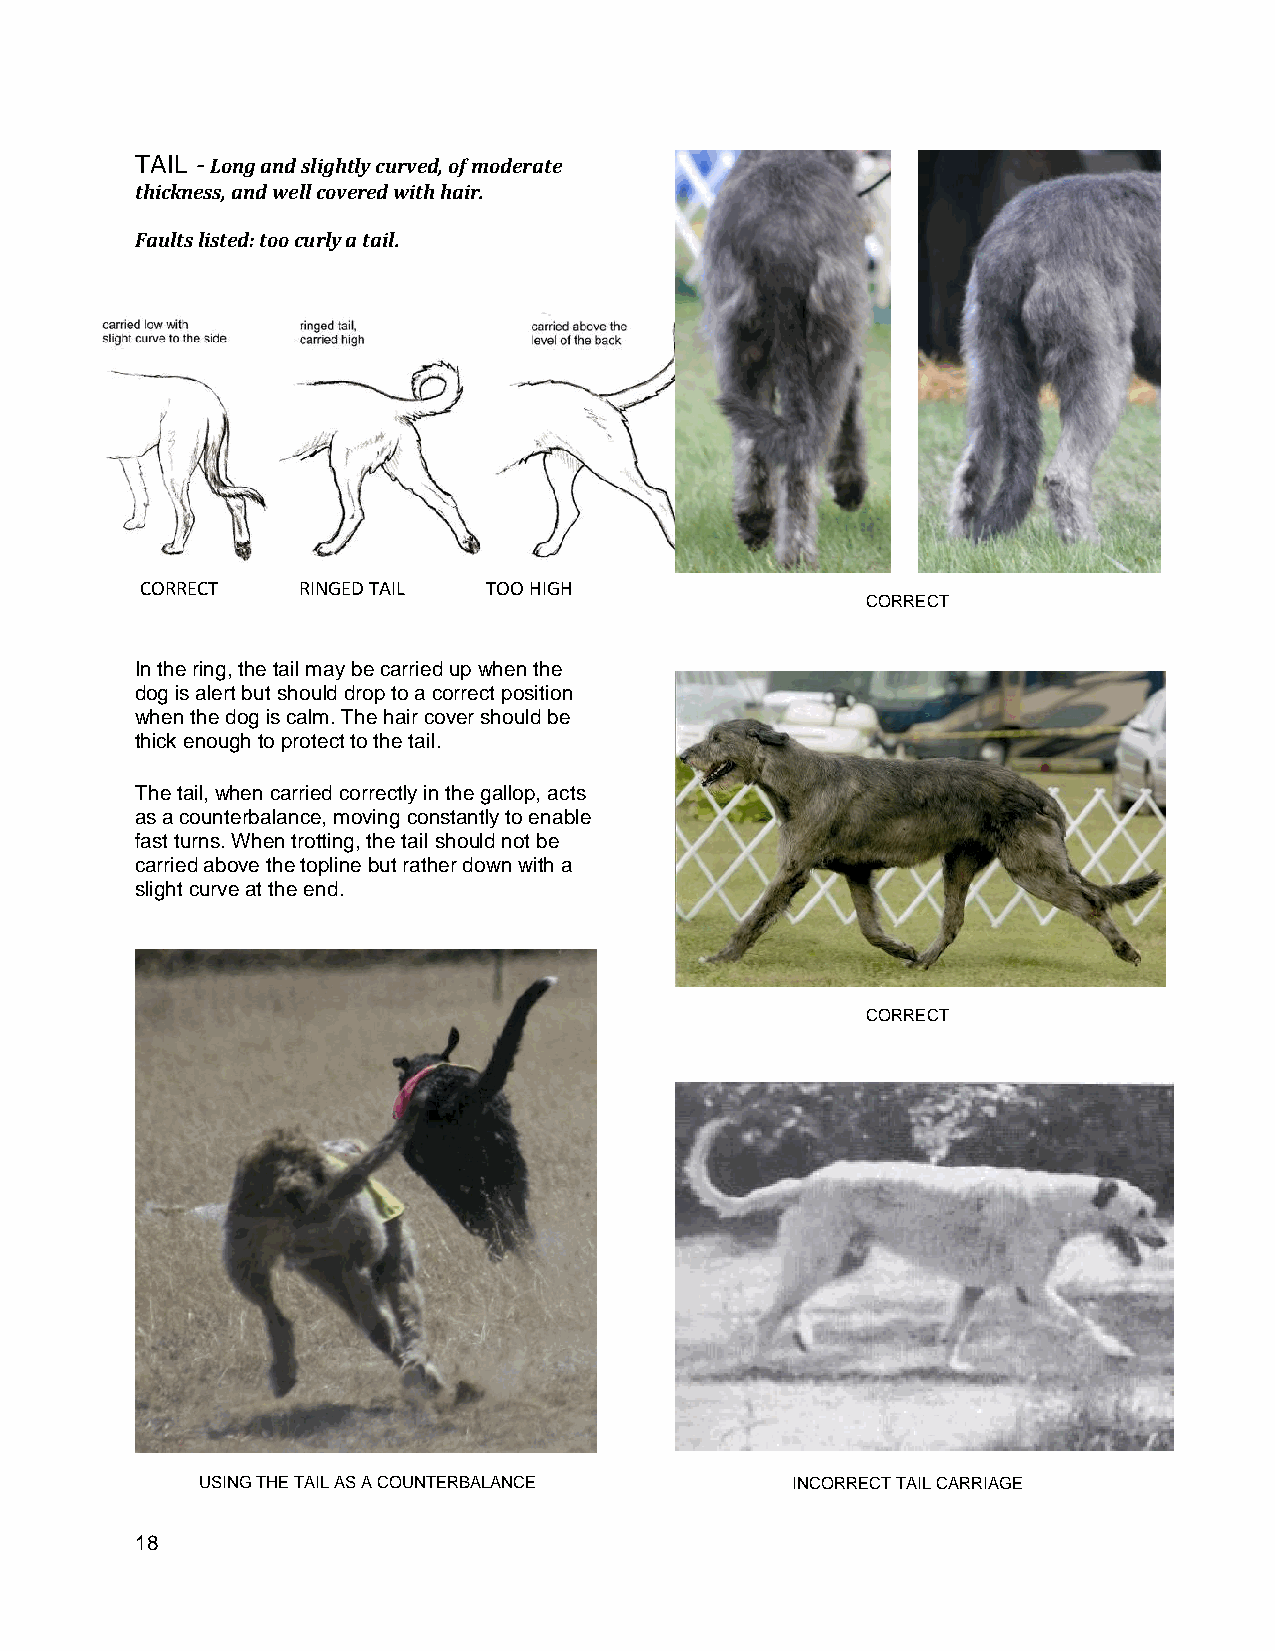
TAIL - Long and slightly curved, of moderate
 thickness, and well covered with hair.
 Faults listed: too curly a tail.
 CORRECT    RINGED TAIL TOO HIGH
 CORRECT
 In the ring, the tail may be carried up when the
 dog is alert but should drop to a correct position
 when the dog is calm. The hair cover should be
 thick enough to protect to the tail.
 The tail, when carried correctly in the gallop, acts
 as a counterbalance, moving constantly to enable
 fast turns. When trotting, the tail should not be
 carried above the topline but rather down with a
 slight curve at the end.
 CORRECT
 USING THE TAIL AS A COUNTERBALANCE     INCORRECT TAIL CARRIAGE
 18